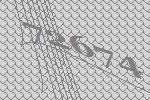
72674